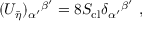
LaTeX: ( U _ { \bar { \eta } } ) _ { \alpha ^ { \prime } } { } ^ { \beta ^ { \prime } } = 8 S _ { \mathrm { c l } } \delta _ { \alpha ^ { \prime } } { } ^ { \beta ^ { \prime } } \ ,